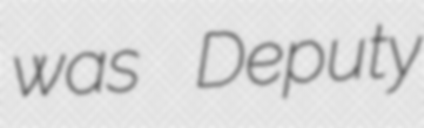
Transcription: was Deputy